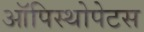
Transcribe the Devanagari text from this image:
ऑपिस्थोपेटस